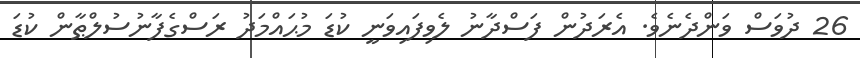
26 ދުވަސް ވަންދެނެވެ. އެރަދުން ފަސްދާނު ލެވިފައިވަނީ ކުޑަ މުޙައްމަދު ރަސްގެފާނުސުލްޠާން ކުޑަ